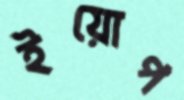
ইয়োপ